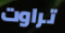
تراوت